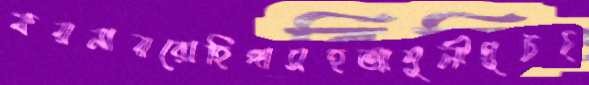
কয়নায়রোহিঙ্গাসহআশুলীগুটচ্